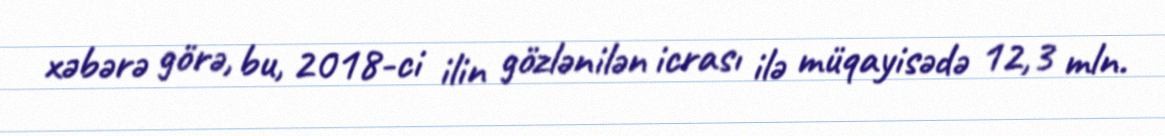
xəbərə görə, bu, 2018-ci ilin gözlənilən icrası ilə müqayisədə 12,3 mln.